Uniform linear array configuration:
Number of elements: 16
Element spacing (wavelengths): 0.25
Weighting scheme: hamming
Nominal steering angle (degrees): -15
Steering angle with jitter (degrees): -13.848
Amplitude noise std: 0.05
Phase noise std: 0.05

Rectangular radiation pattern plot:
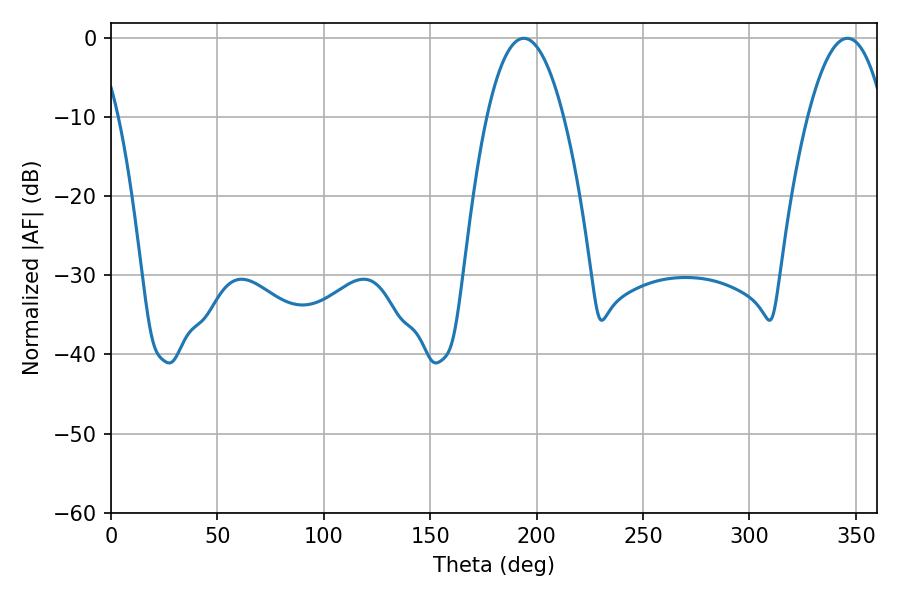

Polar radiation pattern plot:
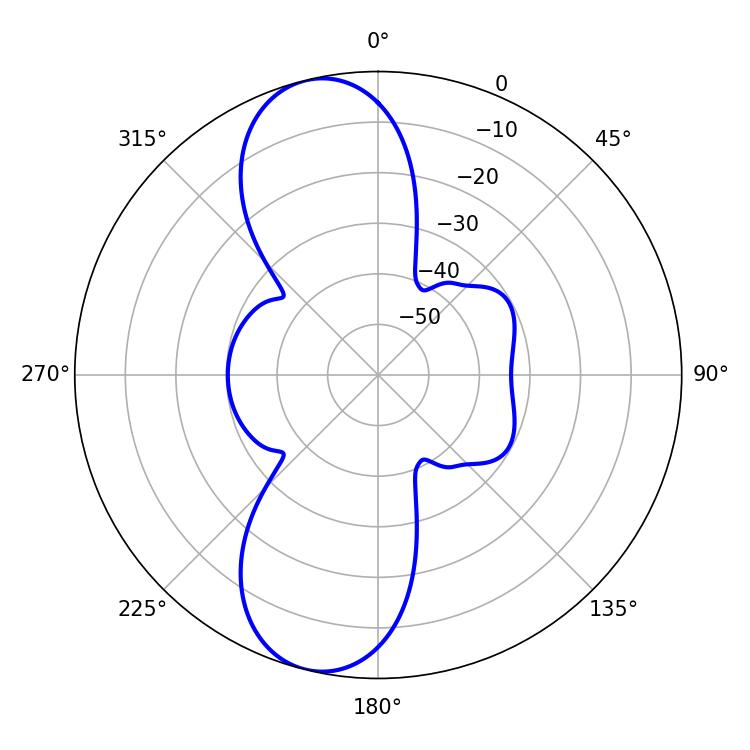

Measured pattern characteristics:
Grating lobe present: FALSE
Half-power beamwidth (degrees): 19.98
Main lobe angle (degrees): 193.86